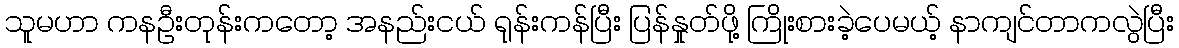
သူမဟာ ကနဦးတုန်းကတော့ အနည်းငယ် ရုန်းကန်ပြီး ပြန်နှုတ်ဖို့ ကြိုးစားခဲ့ပေမယ့် နာကျင်တာကလွဲပြီး